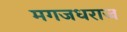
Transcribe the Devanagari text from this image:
मगजधराज